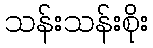
သန်းသန်းစိုး